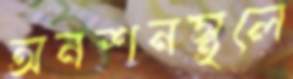
অনশনস্থলে